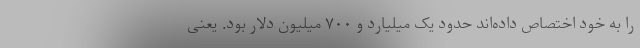
را به خود اختصاص داده‌اند حدود یک میلیارد و ۷۰۰ میلیون دلار بود. یعنی